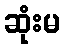
ဆုံးမ